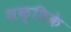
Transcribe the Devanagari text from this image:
शक्तिके